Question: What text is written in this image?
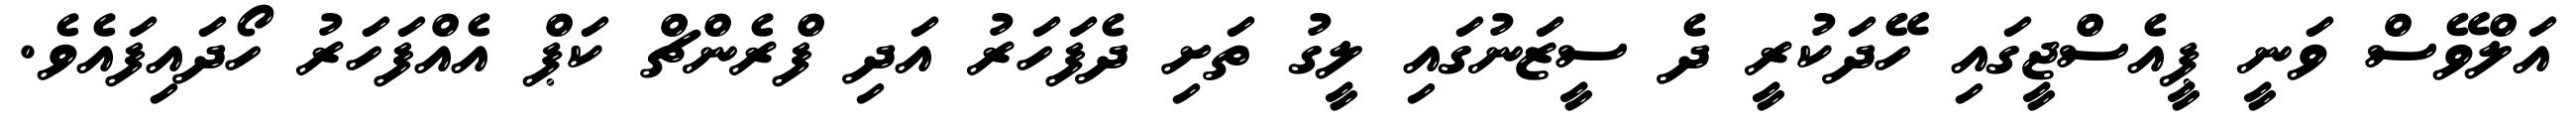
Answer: އަލްވޭސް ވަނީ ޕީއެސްޖީގައި ހޭދަކުރީ ދެ ސީޒަނުގައި ލީގު ތަށި ދެފަހަރު އަދި ފްރެންޗް ކަޕް އެއްފަހަރު ހޯދައިފައެވެ.